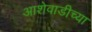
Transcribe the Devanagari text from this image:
आशेवाडीच्या